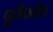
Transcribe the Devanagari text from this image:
पूर्वेपर्यंत